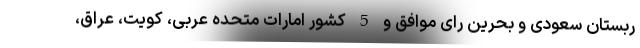
ربستان سعودی و بحرین رای موافق و 5 کشور امارات متحده عربی، کویت، عراق،